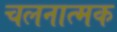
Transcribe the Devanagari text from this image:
चलनात्मक